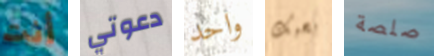
أنت دعوتي واحد بحبك صلصة